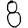
Digit: 8